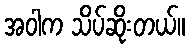
အဝါက သိပ်ဆိုးတယ်။